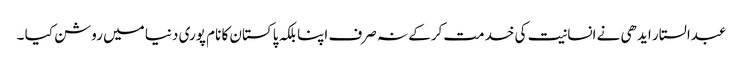
عبدالستار ایدھی نے انسانیت کی خدمت کرکے نہ صرف اپنا بلکہ پاکستان کا نام پوری دنیا میں روشن کیا ۔